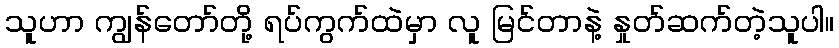
သူဟာ ကျွန်တော်တို့ ရပ်ကွက်ထဲမှာ လူ မြင်တာနဲ့ နှုတ်ဆက်တဲ့သူပါ။